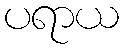
ပရာယ